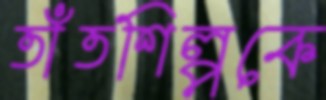
তাঁতশিল্পকে